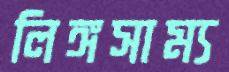
লিঙ্গসাম্য